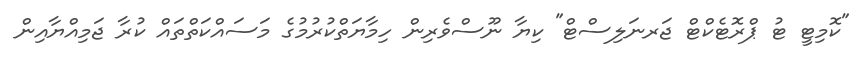
"ކޮމިޓީ ޓު ޕްރޮޓެކްޓް ޖަރނަލިސްޓް" ކިޔާ ނޫސްވެރިން ހިމާޔަތްކުރުމުގެ މަސައްކަތްތައް ކުރާ ޖަމިއްޔާއިން